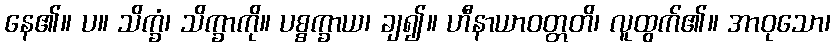
နေ၏။ ပ။ သိက္ခံ၊ သိက္ခာကို။ ပစ္စက္ခာယ၊ ချ၍။ ဟီနာယာဝတ္တတိ၊ လူထွက်၏။ အာဝုသော၊